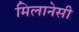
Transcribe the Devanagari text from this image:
मिलानेसी